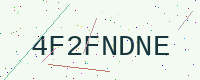
Text: 4F2FNDNE